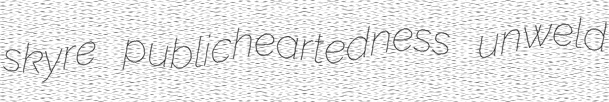
skyre publicheartedness unweld